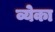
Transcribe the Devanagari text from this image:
व्येका